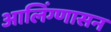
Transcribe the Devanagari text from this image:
आलिंग्णासन